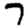
Digit: 7